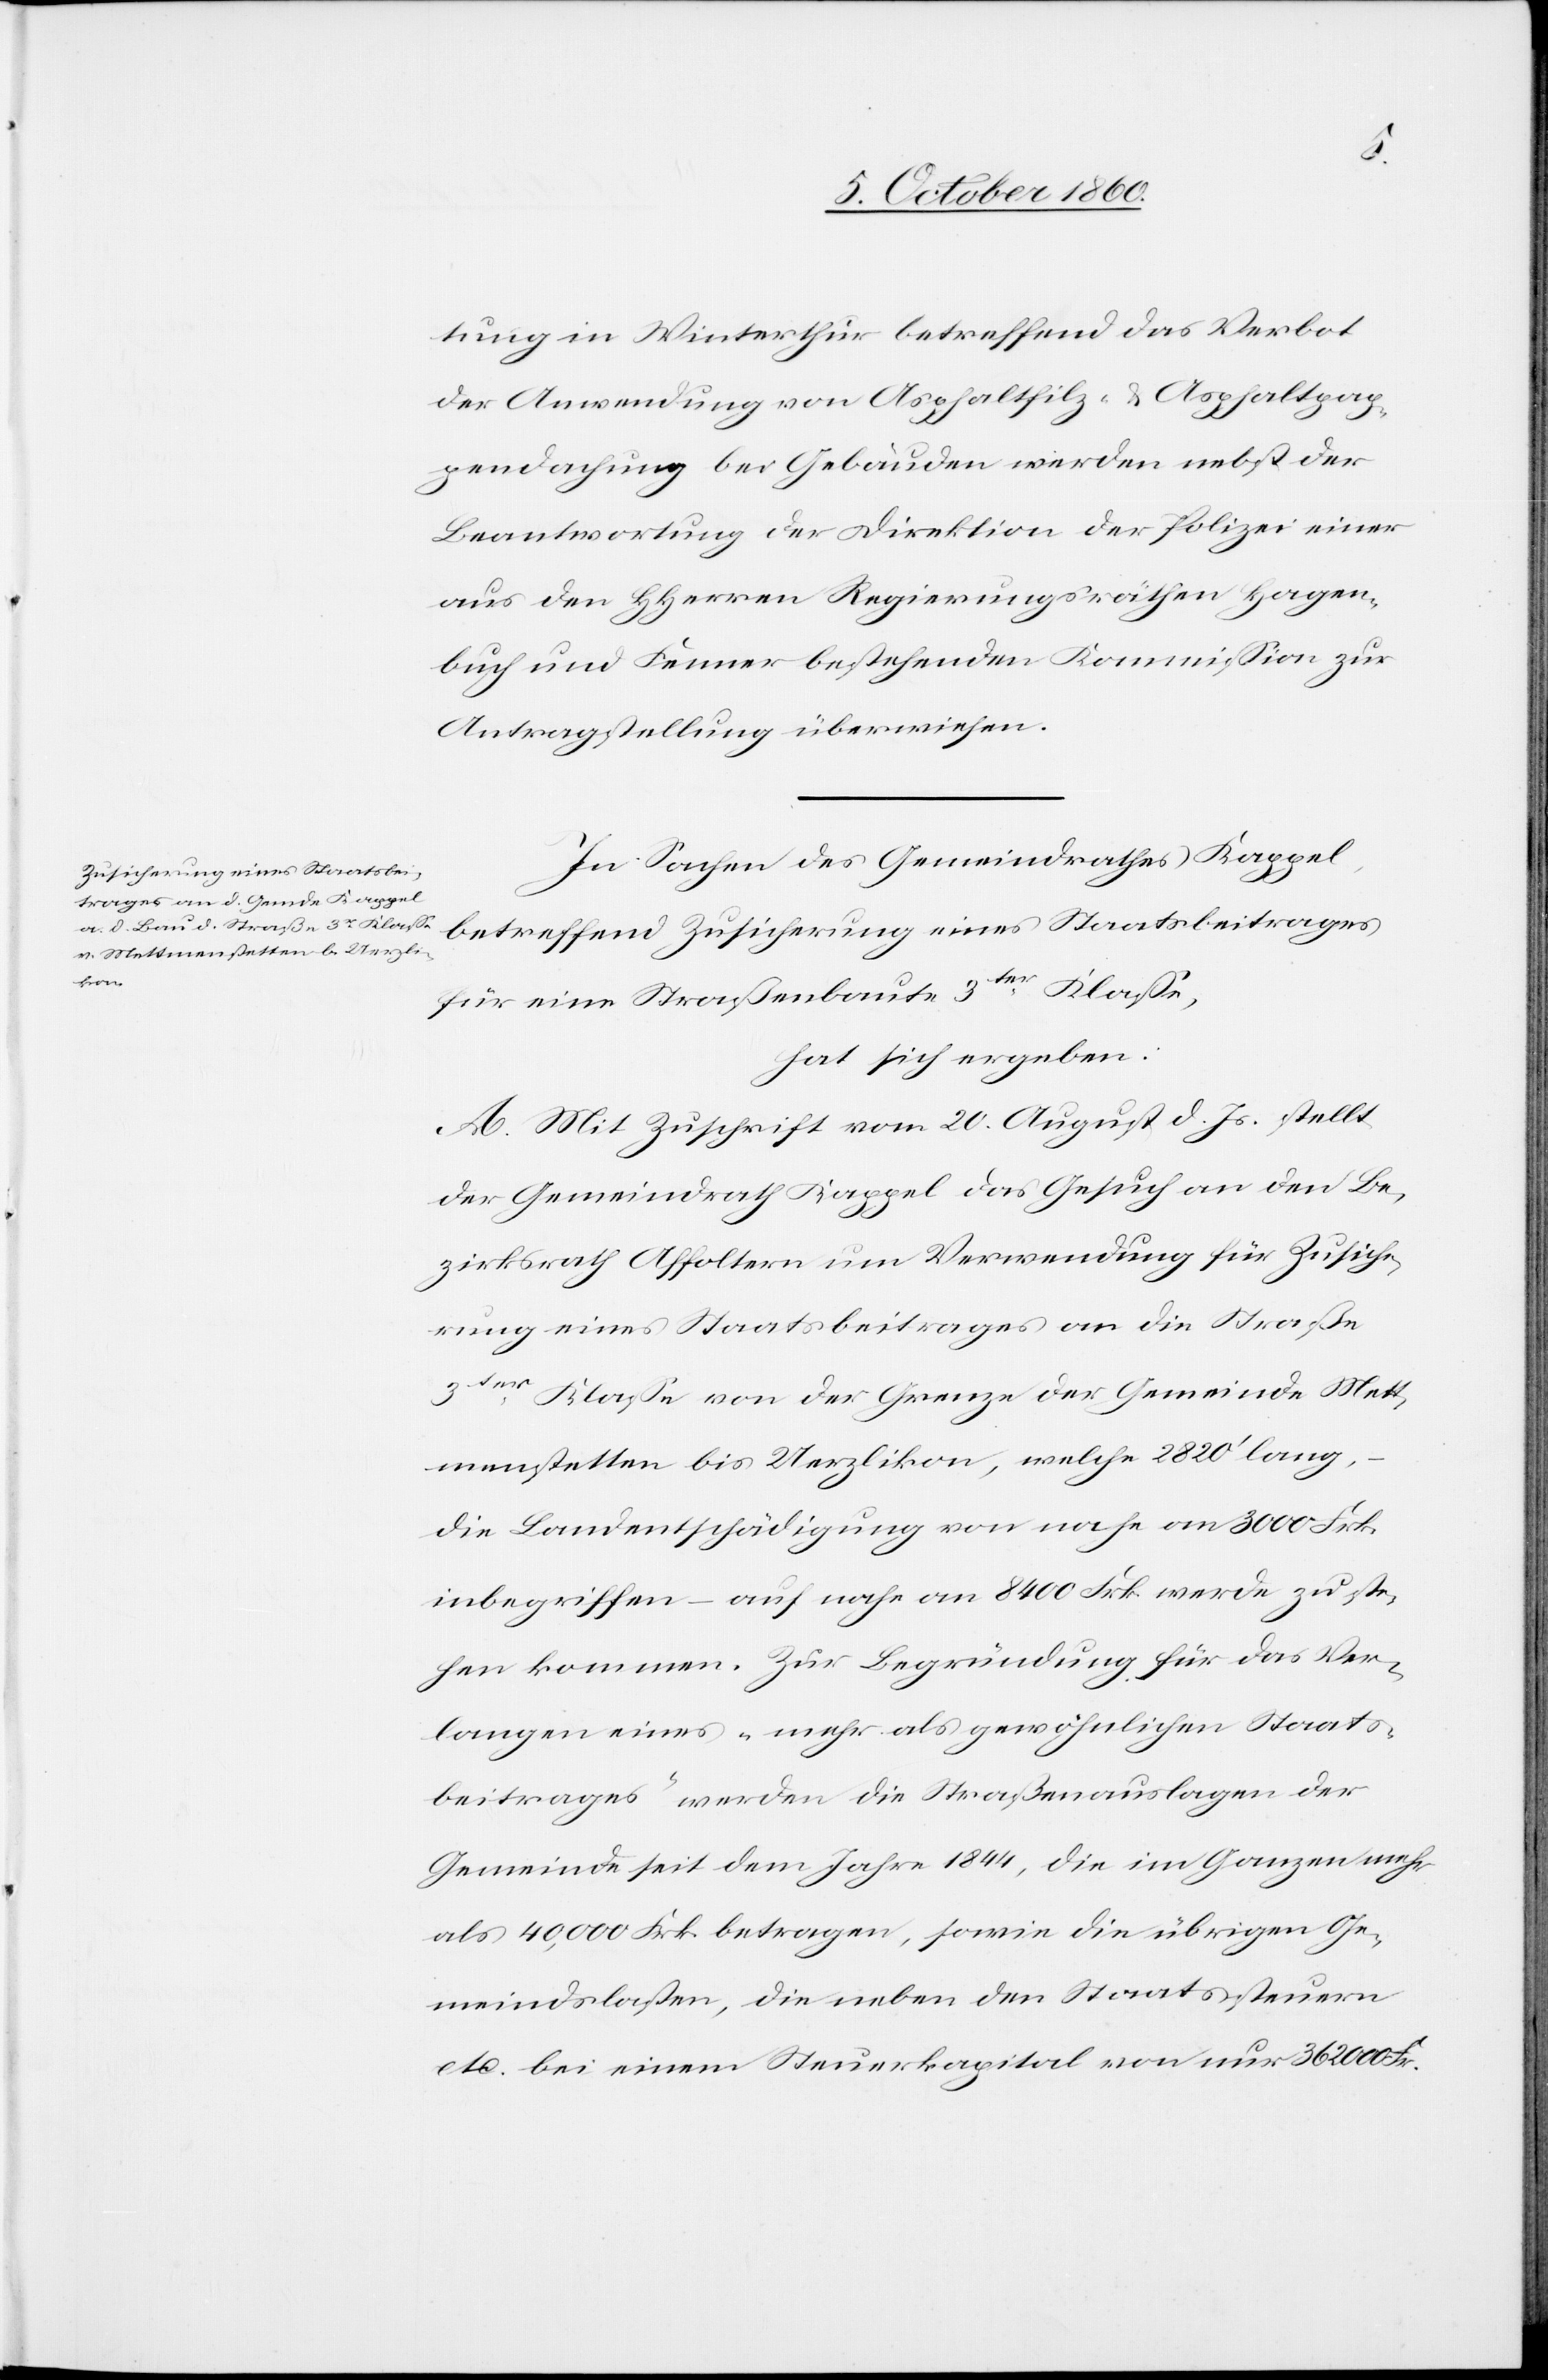
tung in Winterthur betreffend das Verbot
der Anwendung von Asphaltfilz- u. Asphaltpap¬
pendachung bei Gebäuden werden nebst der
Beantwortung der Direktion der Polizei einer
aus den HHerren Regierungsräthen Hagen¬
buch und Fenner bestehenden Kommission zur
Antragstellung überwiesen.
In Sachen des Gemeindrathes Kappel,
betreffend Zusicherung eines Staatsbeitrages
für eine Straßenbaute 3ter Klasse,
hat sich ergeben:
A. Mit Zuschrift vom 20. August d. Js. stellt
der Gemeindrath Kappel das Gesuch an den Be¬
zirksrath Affoltern um Verwendung für Zusiche¬
rung eines Staatsbeitrages an die Straße
3ter Klasse von der Grenze der Gemeinde Mett¬
menstetten bis Uerzlikon, welche 2820’ lang,
die Landentschädigung von nahe am 3000 Frk.
inbegriffen – auf nahe an 8400 Frk. werde zu ste¬
hen kommen. Zur Begründung für das Ver¬
langen eines „mehr als gewöhnlichen Staats¬
beitrages“ werden die Straßenauslagen der
Gemeinde seit dem Jahre 1844, die im Ganzen mehr
als 40,000 Frk. betragen, sowie die übrigen Ge¬
meindslasten, die neben dem Staatssteuern
etc. bei einem Steuerkapital von nur 36 200 Fr.